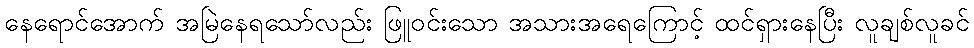
နေရောင်အောက် အမြဲနေရသော်လည်း ဖြူဝင်းသော အသားအရေကြောင့် ထင်ရှားနေပြီး လူချစ်လူခင်